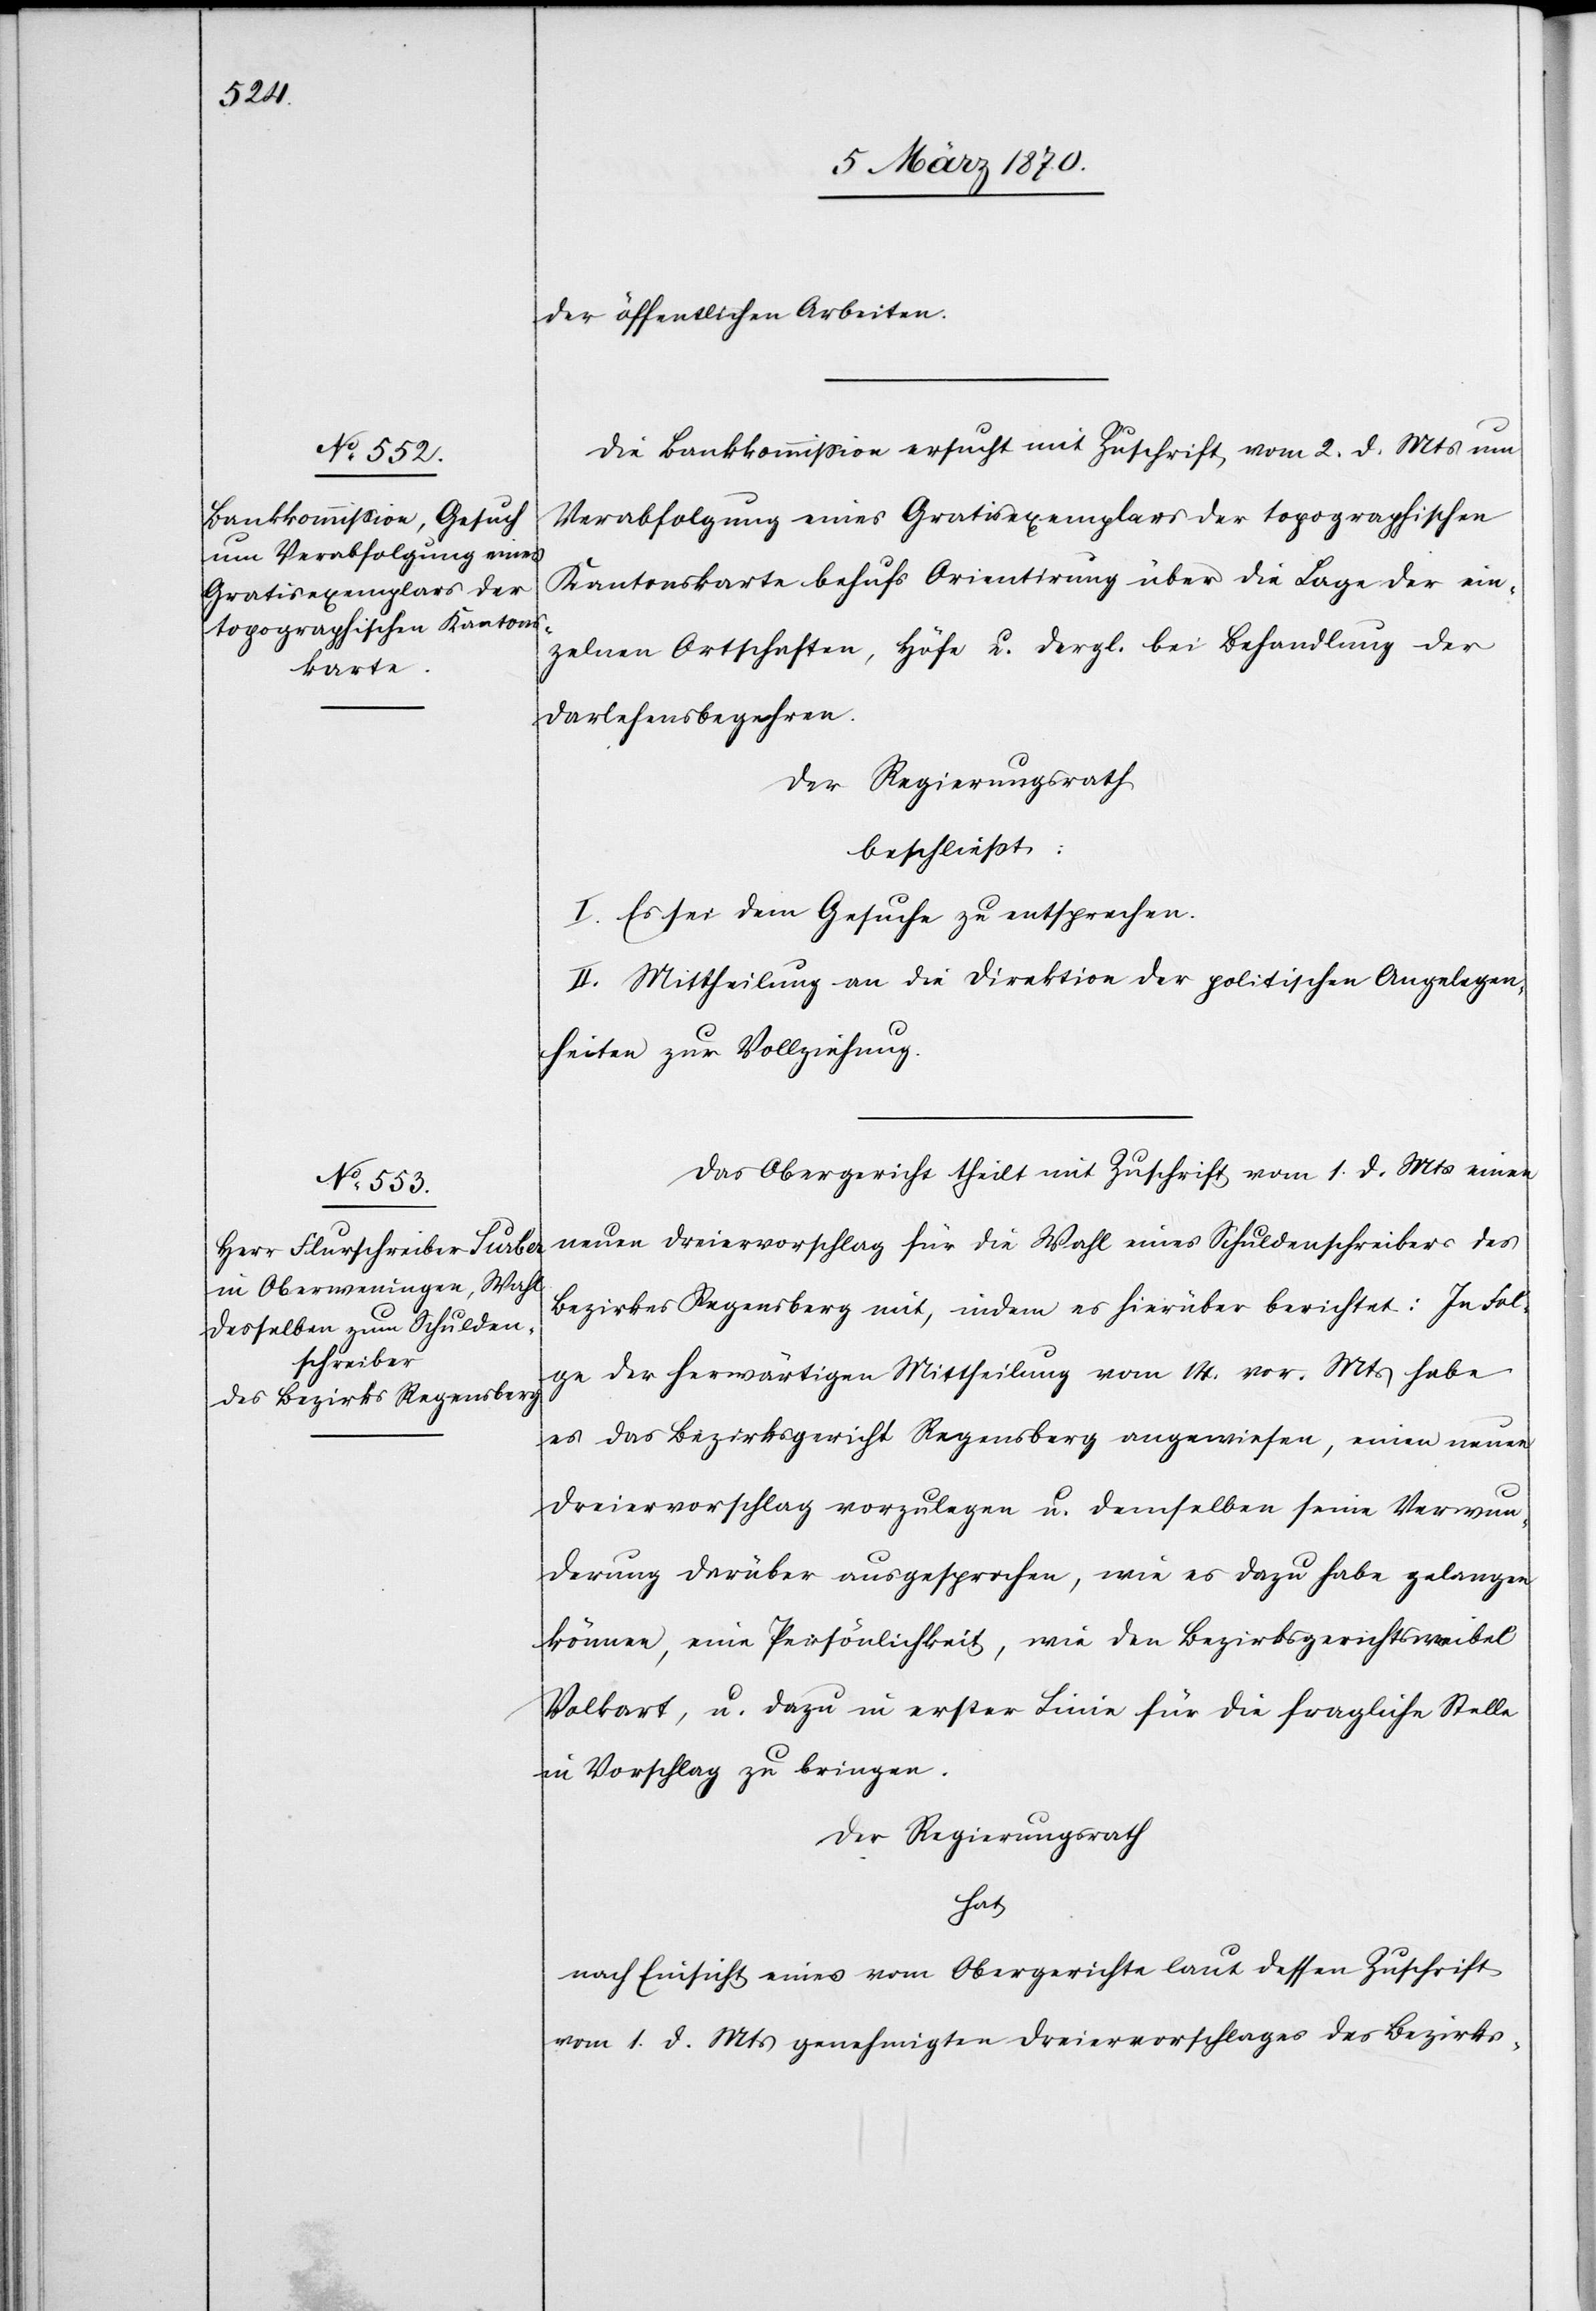
der öffentlichen Arbeiten.
Die Baukommission ersucht mit Zuschrift vom 2. d. Mts um
Verabfolgung eines Gratisexemplars der topographischen
Kantonskarte behufs Orientirung über die Lage der ein¬
zelnen Ortschaften, Höfe u. dergl. bei Behandlung der
Darlehensbegehren.
Der Regierungsrath
beschließt:
I. Es sei dem Gesuche zu entsprechen.
II. Mittheilung an die Direktion der politischen Angelegen¬
heiten zur Vollziehung.
Das Obergericht theilt mit Zuschrift vom 1. d. Mts einen
neuen Dreiervorschlag für die Wahl eines Schuldenschreibers des
Bezirkes Regensberg mit, indem es hierüber berichtet: In Fol¬
ge der herwärtigen Mittheilung vom 14. vor. Mts habe
es das Bezirksgericht Regensberg angewiesen, einen neuen
Dreiervorschlag vorzulegen u. demselben seine Verwun¬
derung darüber ausgesprochen, wie es dazu habe gelangen
können, eine Persönlichkeit, wie den Bezirksgerichtsweibel
Volkart, u. dazu in erster Linie für die fragliche Stelle
in Vorschlag zu bringen.
Der Regierungsrath
hat
nach Einsicht eines vom Obergerichte laut dessen Zuschrift
vom 1. d. Mts genehmigten Dreiervorschlages des Bezirks-